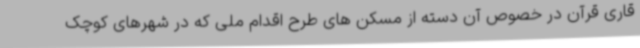
قاری قرآن در خصوص آن دسته از مسکن های طرح اقدام ملی که در شهرهای کوچک